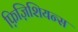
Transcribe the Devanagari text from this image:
फ़िज़िशियन्स